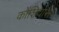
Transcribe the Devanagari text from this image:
कोंशियास